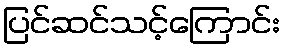
ပြင်ဆင်သင့်ကြောင်း